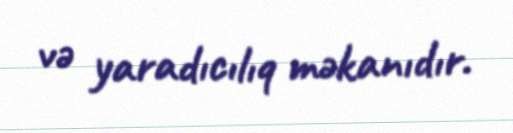
və yaradıcılıq məkanıdır.